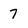
Character: 7